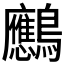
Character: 𪈠